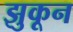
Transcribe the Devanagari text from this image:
झुकून